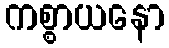
ကစ္စာယနော